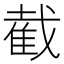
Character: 截